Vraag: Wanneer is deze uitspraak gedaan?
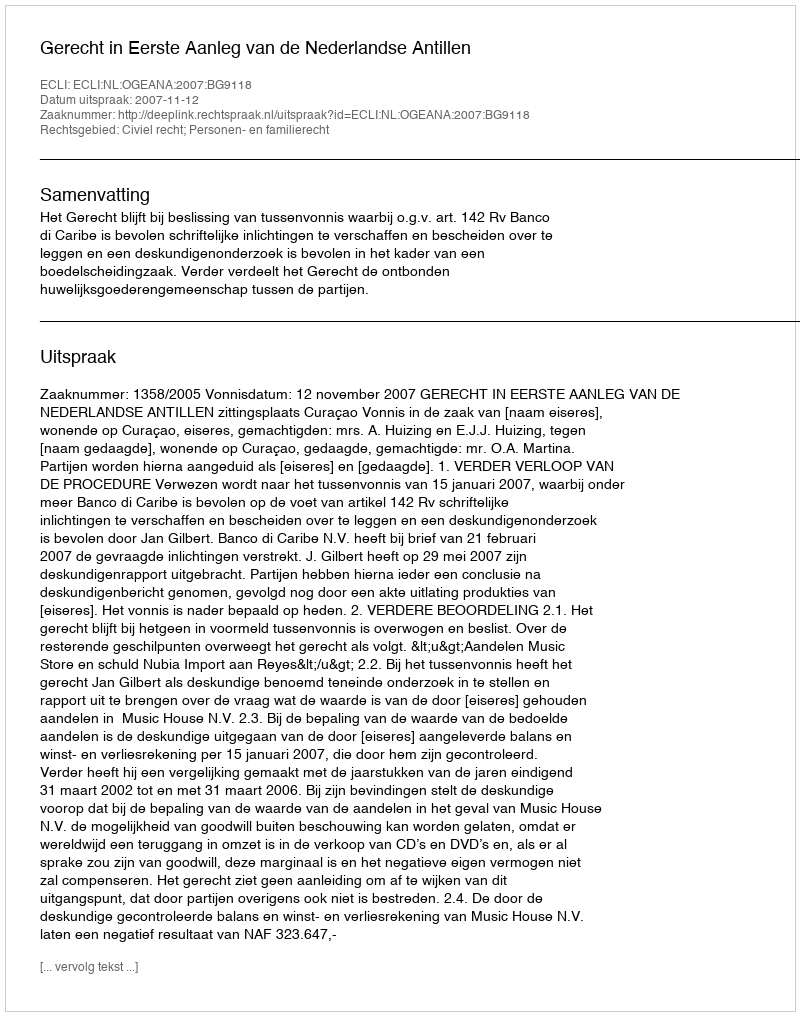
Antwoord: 2007-11-12